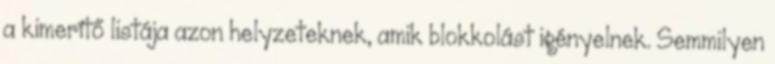
a kimerítő listája azon helyzeteknek, amik blokkolást igényelnek. Semmilyen